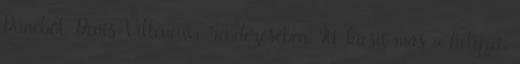
Dűnéből, Denis Villeneuve rendezésében. Itt kicsit más a helyzet,